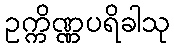
ဥက္ကိဏ္ဏပရိခါသု